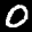
Label: 0